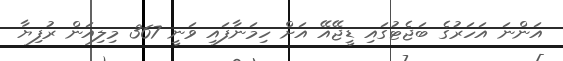
އަންނަ އަހަރުގެ ބަޖެޓުގައި ޑީޖޭއޭ އަށް ހިމަނާފައި ވަނީ 367 މިލިއަން ރުފިޔާ